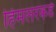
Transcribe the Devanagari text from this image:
हिमलरकडे